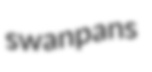
swanpans